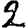
Digit: 2